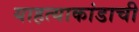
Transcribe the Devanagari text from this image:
याहत्याकांडाची